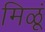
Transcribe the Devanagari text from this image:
मिळूं